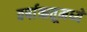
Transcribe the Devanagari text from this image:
वर्षाऋतूमध्ये